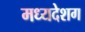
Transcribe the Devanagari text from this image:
मध्यदेशग